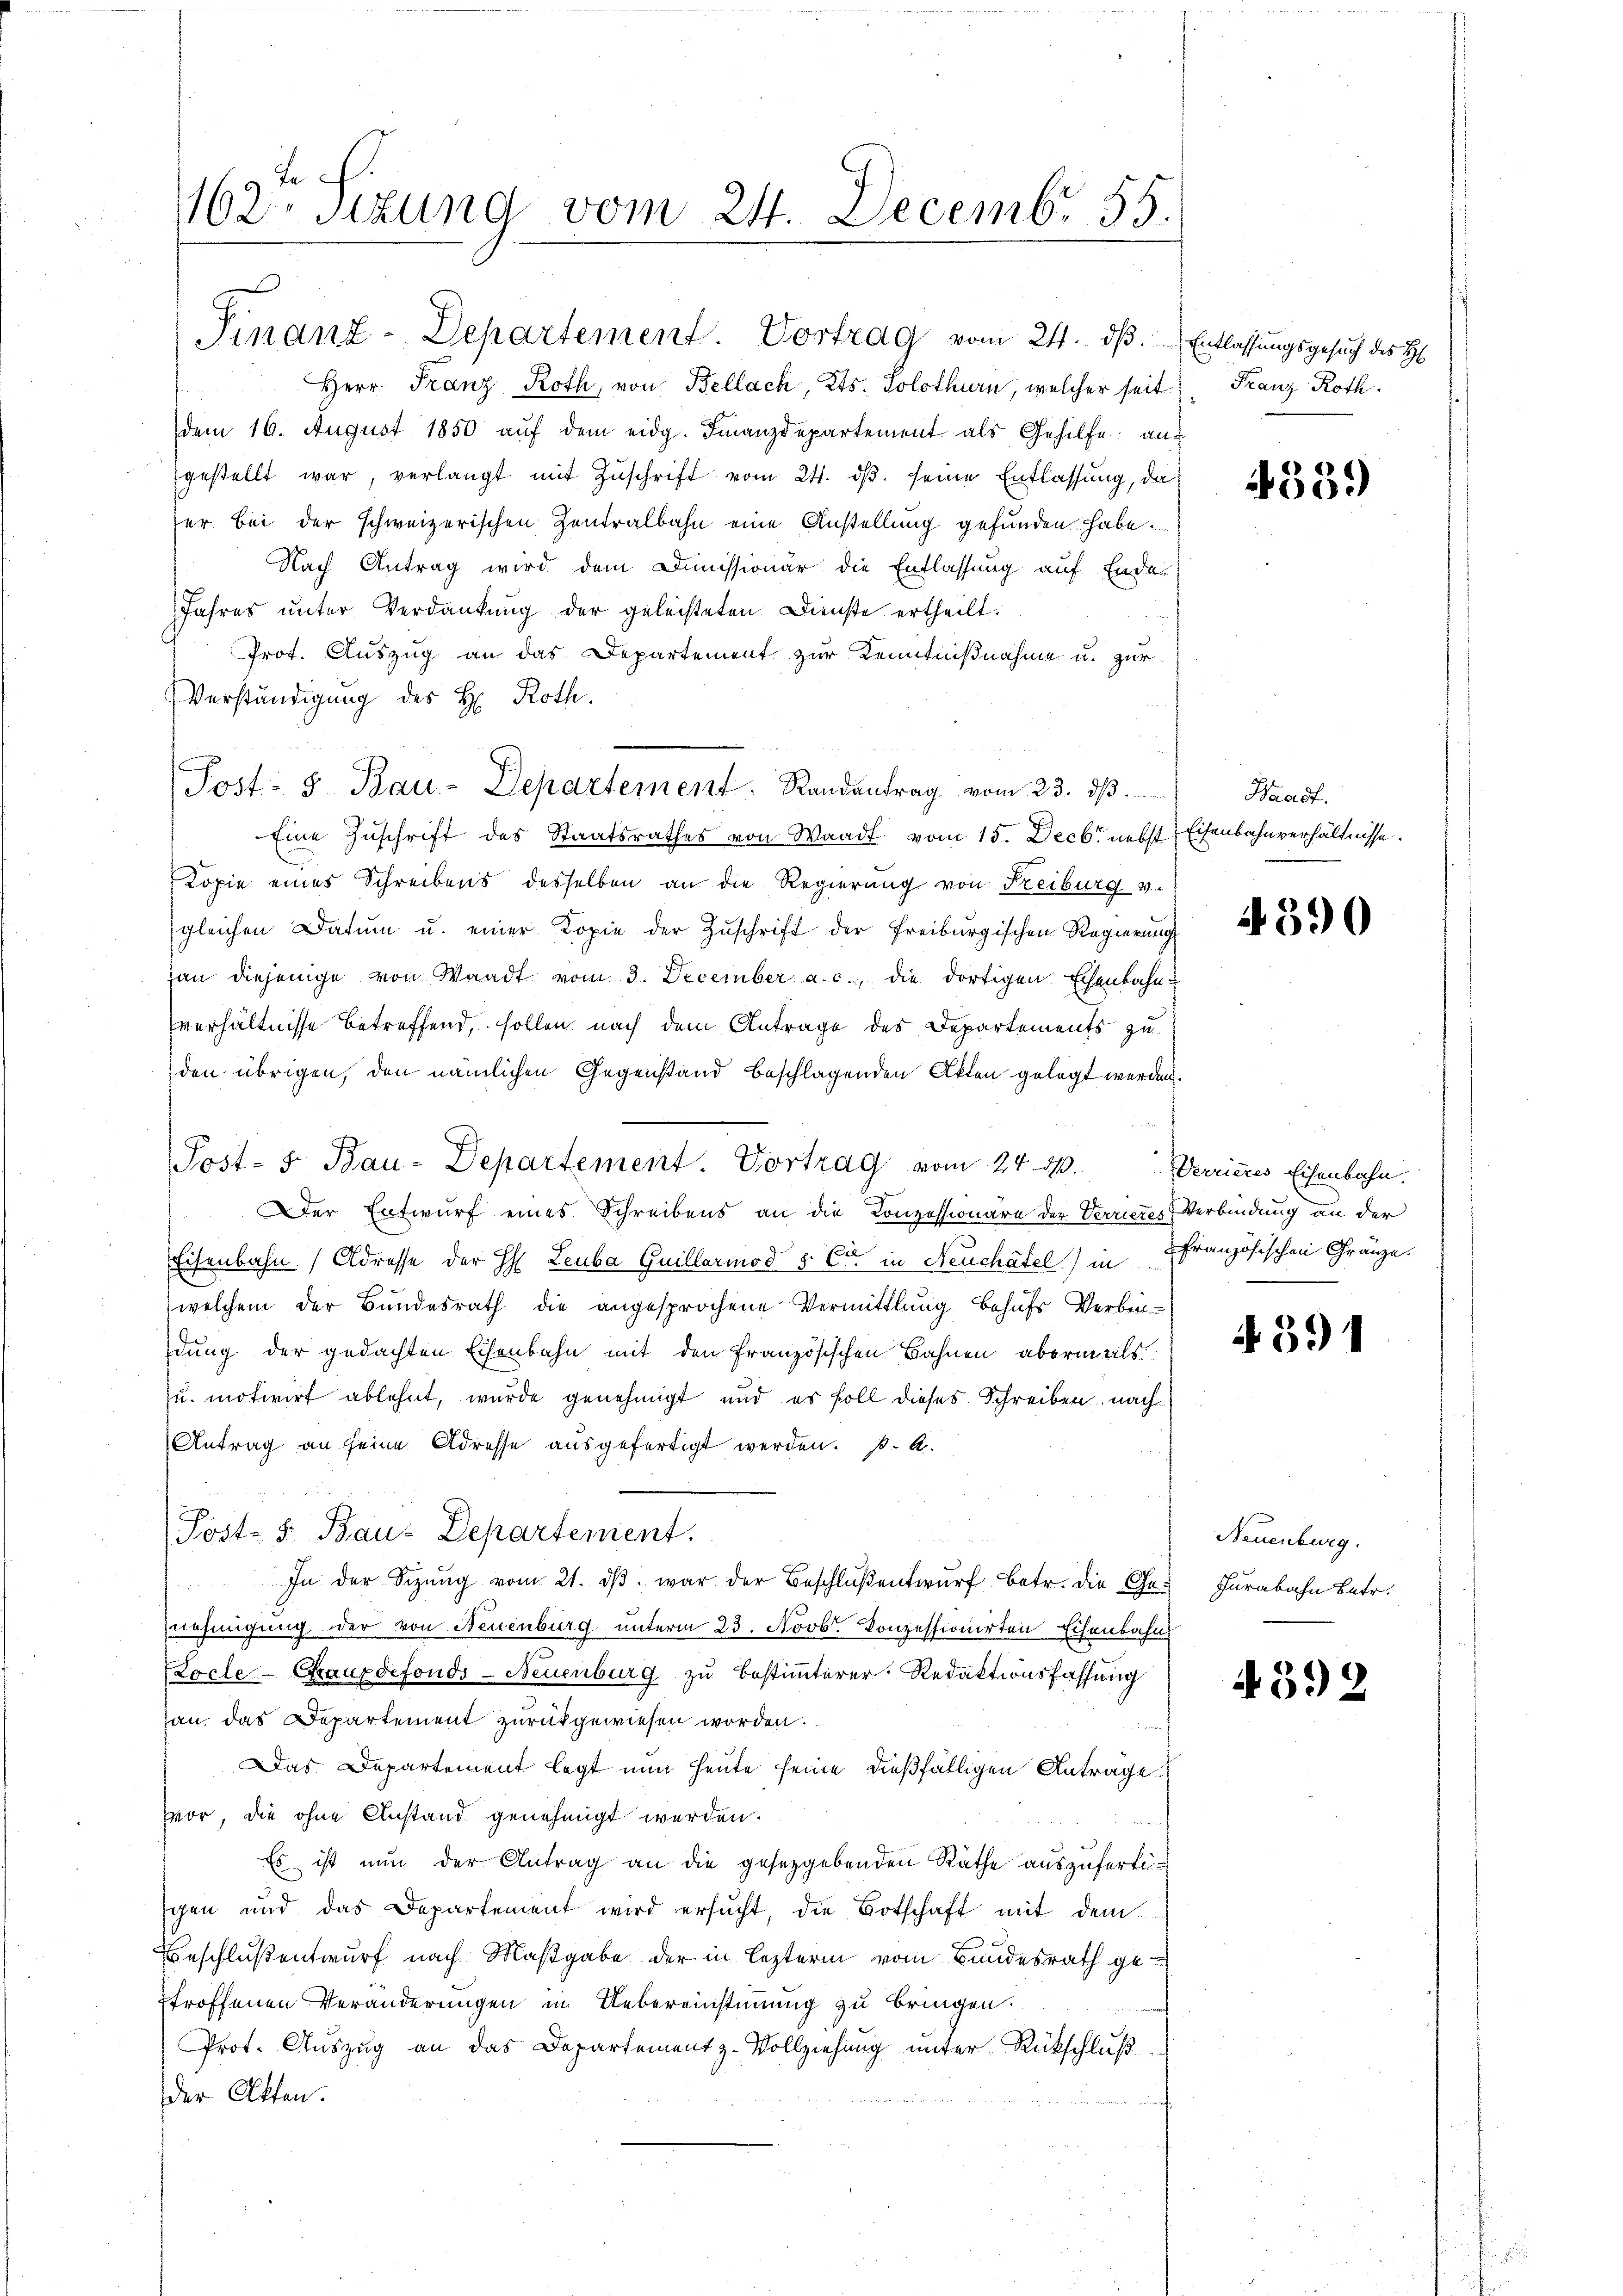
162. Sizung vom 24. Decemb. 55.

d

Herr Franz Roth, von Bellach, Kts. Solothurn, welcher seit
dem 16. August 1850 aŭf dem eidg. Finanzdepartement als Gehilfe an
gestellt war, verlangt mit Zŭschrift vom 24. dβ. seine Entlassung, da
ser bei der schweizerischen Zentralbahn eine Anstellung gefunden habe.
Nach Antrag wird dem Dimissionär die Entlassung auf Ende
Jahres unter Verdankung der geleisteten Dienste ertheilt.
Prot. Auszug an das Departement zur Kenntnißnahme u. zur
Verständigung des H. Roth.
Eine Zuschrift des Staatsrathes von Waadt vom 15. Decbr. nebst
Kopie eines Schreibens desselben an die Regierung von Freiburg v.
gleichen Datum u. einer Kopie der Zŭschrift der Freiburgischen Regierung
an diejenige von Waadt vom 3. December a. c., die dortigen Echenbahn
verhältnisse betreffend, sollen nach dem Antrage des Departements zu
den übrigen, den nämlichen Gegenstand beschlagenden Akten gelegt werden
er Entwurf eines Schreibens an die Conzessionäre der Verrieres Verbindung an der
Eisenbahn (Adresse der H: Leuba Guillarmod & Cie in Neuchatel) in Französischen Gränze.
welchem der Bundesrath die angesprochene Vermittlung, behufs Verbin-
dung der gedachten Eisenbahn mit den Französischen Bahnen, abermals.
zu motivirt ablehnt, wurde genehmigt und es soll dieses Schreiben nach
Antrag an seine Adresse ausgefertigt werden. B. A.
Post- 5. Bau-Departement.
In der Sitzŭng vom 21. dβ. war der Beschlŭβentwŭrf betr. die Ge-Furabahn betr.
nehmigung der von Neuenburg unterm 23. Novb. Konzessionirten Eisenbahn
Locle-Chauxdefonds-Neuenburg zu bestimmterer Redaktionsfassung
an das Departement zurückgewiesen worden.
Das Departement legt nun heute seine dießfälligen Anträge
vor, die ohne Anstand genehmigt werden.
Es ist nŭn der Antrag an die gesetzgebenden Räthe aŭszŭfertigen und das Departement wird ersŭcht, die Botschaft mit dem
A
Beschluß entwurf nach Maßgabe der in Leztern vom Bundesrath ge
troffenen Veränderungen in Uebereinstimmung zu bringen.
Prot. Auszug an das Departement z. Vollziehung unter Rückschluß
der Akten.

Finanz-Departement. Vortrag vom 24. ds.

Post: 5. Bau-Departement. Randantrag vom 23. ds.

Post- 5. Bau-Departement. Vortrag vom 24. d.

Entlassungsgesuch des H
Franz Roth.

339)

Waadt.
Eisenbahnverhältnisse.

4390

Verrieres Eisenbahn.

4. 391

Neuenburg.

4592